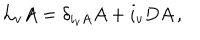
{ \cal L } _ { v } A = \delta _ { i _ { v } A } A + i _ { v } D A \, ,